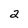
Character: a